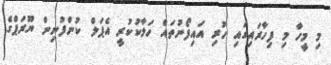
މި މީހާ މި ފިހާރައިގައި ހުރި އައިފޯނުތައް ހަލާކުކުރީ އެޕަލް ކުންފުނިން ޔޫރަޕްގެ